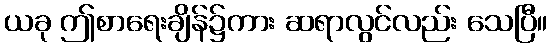
ယခု ဤစာရေးချိန်၌ကား ဆရာလွင်လည်း သေပြီ။